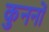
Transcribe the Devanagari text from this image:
कुननों